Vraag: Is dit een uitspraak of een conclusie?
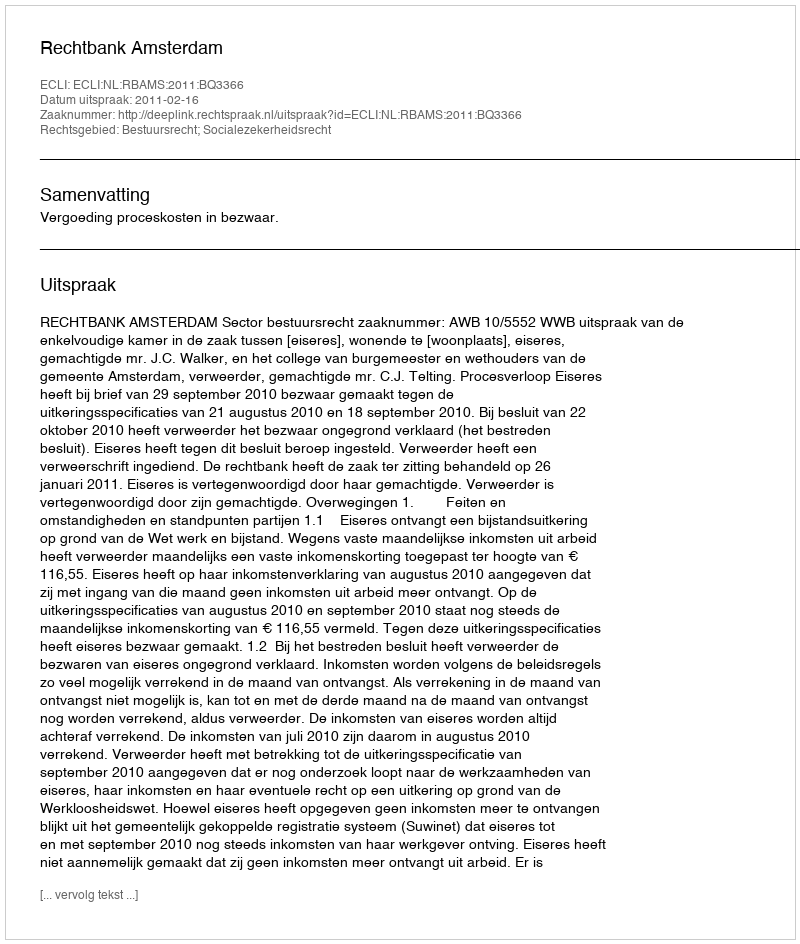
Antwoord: Uitspraak